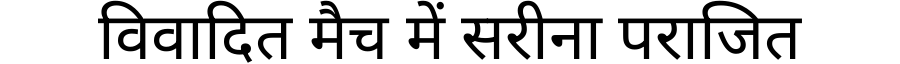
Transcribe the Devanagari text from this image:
विवादित मैच में सरीना पराजित